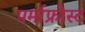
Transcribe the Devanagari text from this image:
पर्माफ्रोस्ट